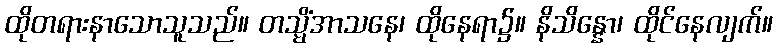
ထိုတရားနာသောသူသည်။ တသ္မိံအာသနေ၊ ထိုနေရာ၌။ နိသိန္နော၊ ထိုင်နေလျက်။